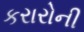
કરારોની